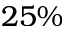
2 5 \%